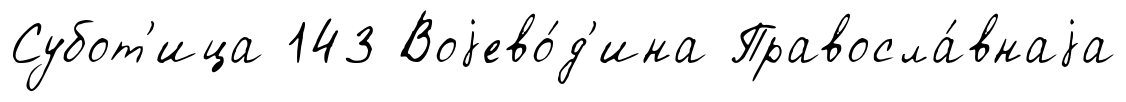
Субот'ица 143 Воjево́д'ина Правосла́внаjа